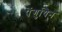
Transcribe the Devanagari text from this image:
पेंगुयिन